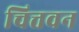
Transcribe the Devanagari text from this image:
चित्तवन